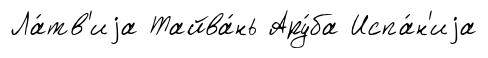
Ла́тв'иjа Тайва́нь Ару́ба Испа́н'иjа